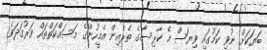
ބަޔަކަށް ނުވި ކަމުގައި ވިޔަސް އެ ކާރިސާގެ ތެރެއިން އެމީހުންގެ މަސައްކަތްތައް ވަރުގަދަވެ